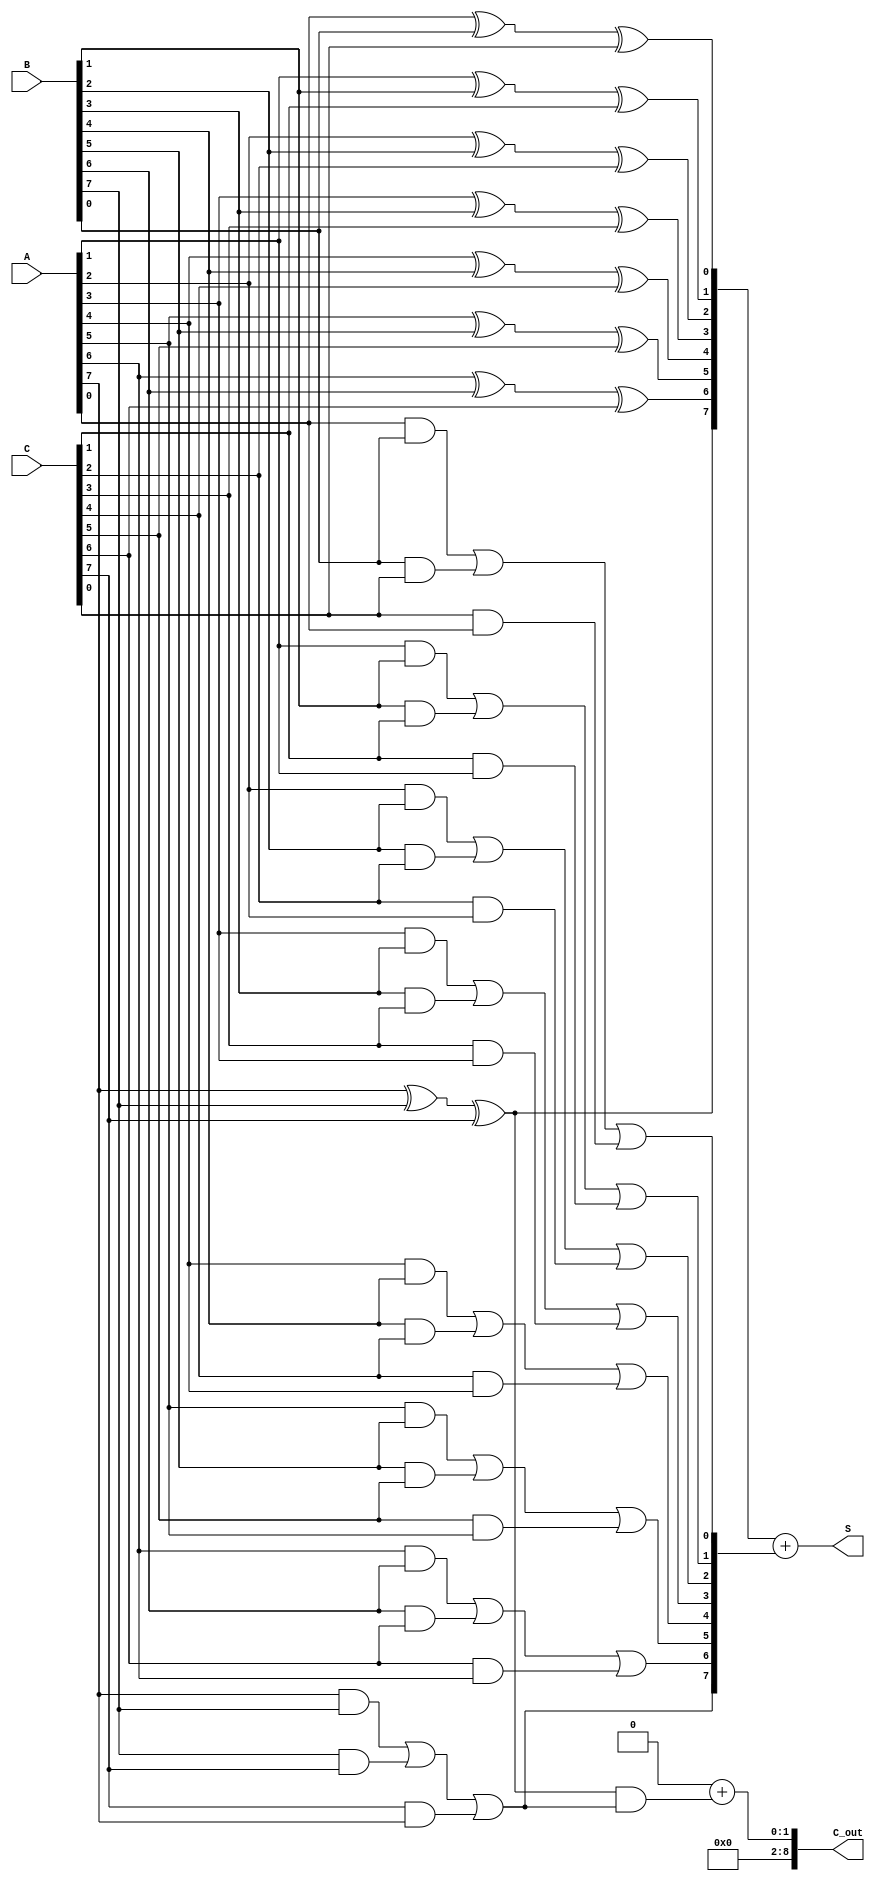
module CarrySaveAdder (
    input [N-1:0] A,
    input [N-1:0] B,
    input [N-1:0] C,
    output [N-1:0] S,
    output [N:0] C_out
);
    parameter N = 8;  // Bit width of inputs

    wire [N-1:0] sum;
    wire [N-1:0] carry;

    // Generate the sum and carry outputs using full adders for each bit
    genvar i;
    generate
        for (i = 0; i < N; i = i + 1) begin : full_adder
            wire a_bit = A[i];
            wire b_bit = B[i];
            wire c_bit = C[i];

            // Full adder logic
            assign sum[i] = a_bit ^ b_bit ^ c_bit;  // Sum output
            assign carry[i] = (a_bit & b_bit) | (b_bit & c_bit) | (c_bit & a_bit);  // Carry output
        end
    endgenerate

    // Reduction tree to combine sum and carry outputs
    wire [N-1:0] reduced_sum;
    wire [N:0] reduced_carry;

    // Level 1 of the reduction tree (assuming 3 inputs)
    assign reduced_sum = sum;
    assign reduced_carry[0] = 0;  // Initial carry in
    assign reduced_carry[N:1] = carry;

    // Final addition using a simple adder (could be replaced with a more complex adder)
    assign S = reduced_sum + reduced_carry[N:1];
    assign C_out = reduced_carry[0] + (reduced_sum[N-1] & reduced_carry[N]);

endmodule